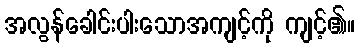
အလွန်ခေါင်းပါးသောအကျင့်ကို ကျင့်၏။